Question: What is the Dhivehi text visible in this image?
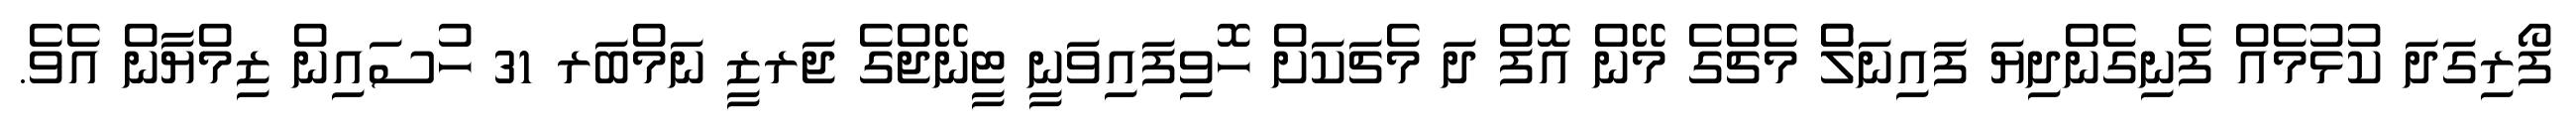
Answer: ފޯރިގަދަ ކުޅުމެއް ފެނިގެންދިޔަ ފައިނަލްެ މެޗްގެ މޭން އޮފް ދަ މެޗަކަށް ހޮވިފައިވަނީ ޓީނޭޖްގެ ޖަރޒީ ނަމްބަރ 31 ހުސައިން ޒިމްޔާން އެވެ.